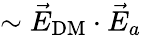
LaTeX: \sim\vec{E}_{\mathrm{DM}}\cdot\vec{E}_{a}